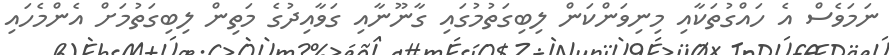
ނަމަވެސް އެ ހައްގުތަކާއި މިނިވަންކަން ލިބިގަތުމުގައި ގާނޫނާއި ގަވާއިދުގެ މަތިން ލިބިގަތުމަށް އެންމެހައި